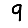
Digit: 9